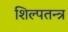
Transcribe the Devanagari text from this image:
शिल्पतन्त्र